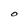
Character: O